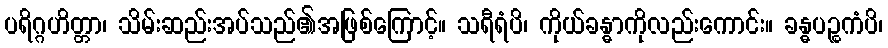
ပရိဂ္ဂဟိတ္တာ၊ သိမ်းဆည်းအပ်သည်၏အဖြစ်ကြောင့်။ သရီရံပိ၊ ကိုယ်ခန္ဓာကိုလည်းကောင်း။ ခန္ဓပဉ္စကံပိ၊